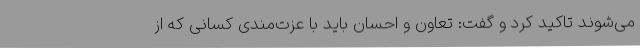
می‌شوند تاکید کرد و گفت: تعاون و احسان باید با عزت‌مندی کسانی که از